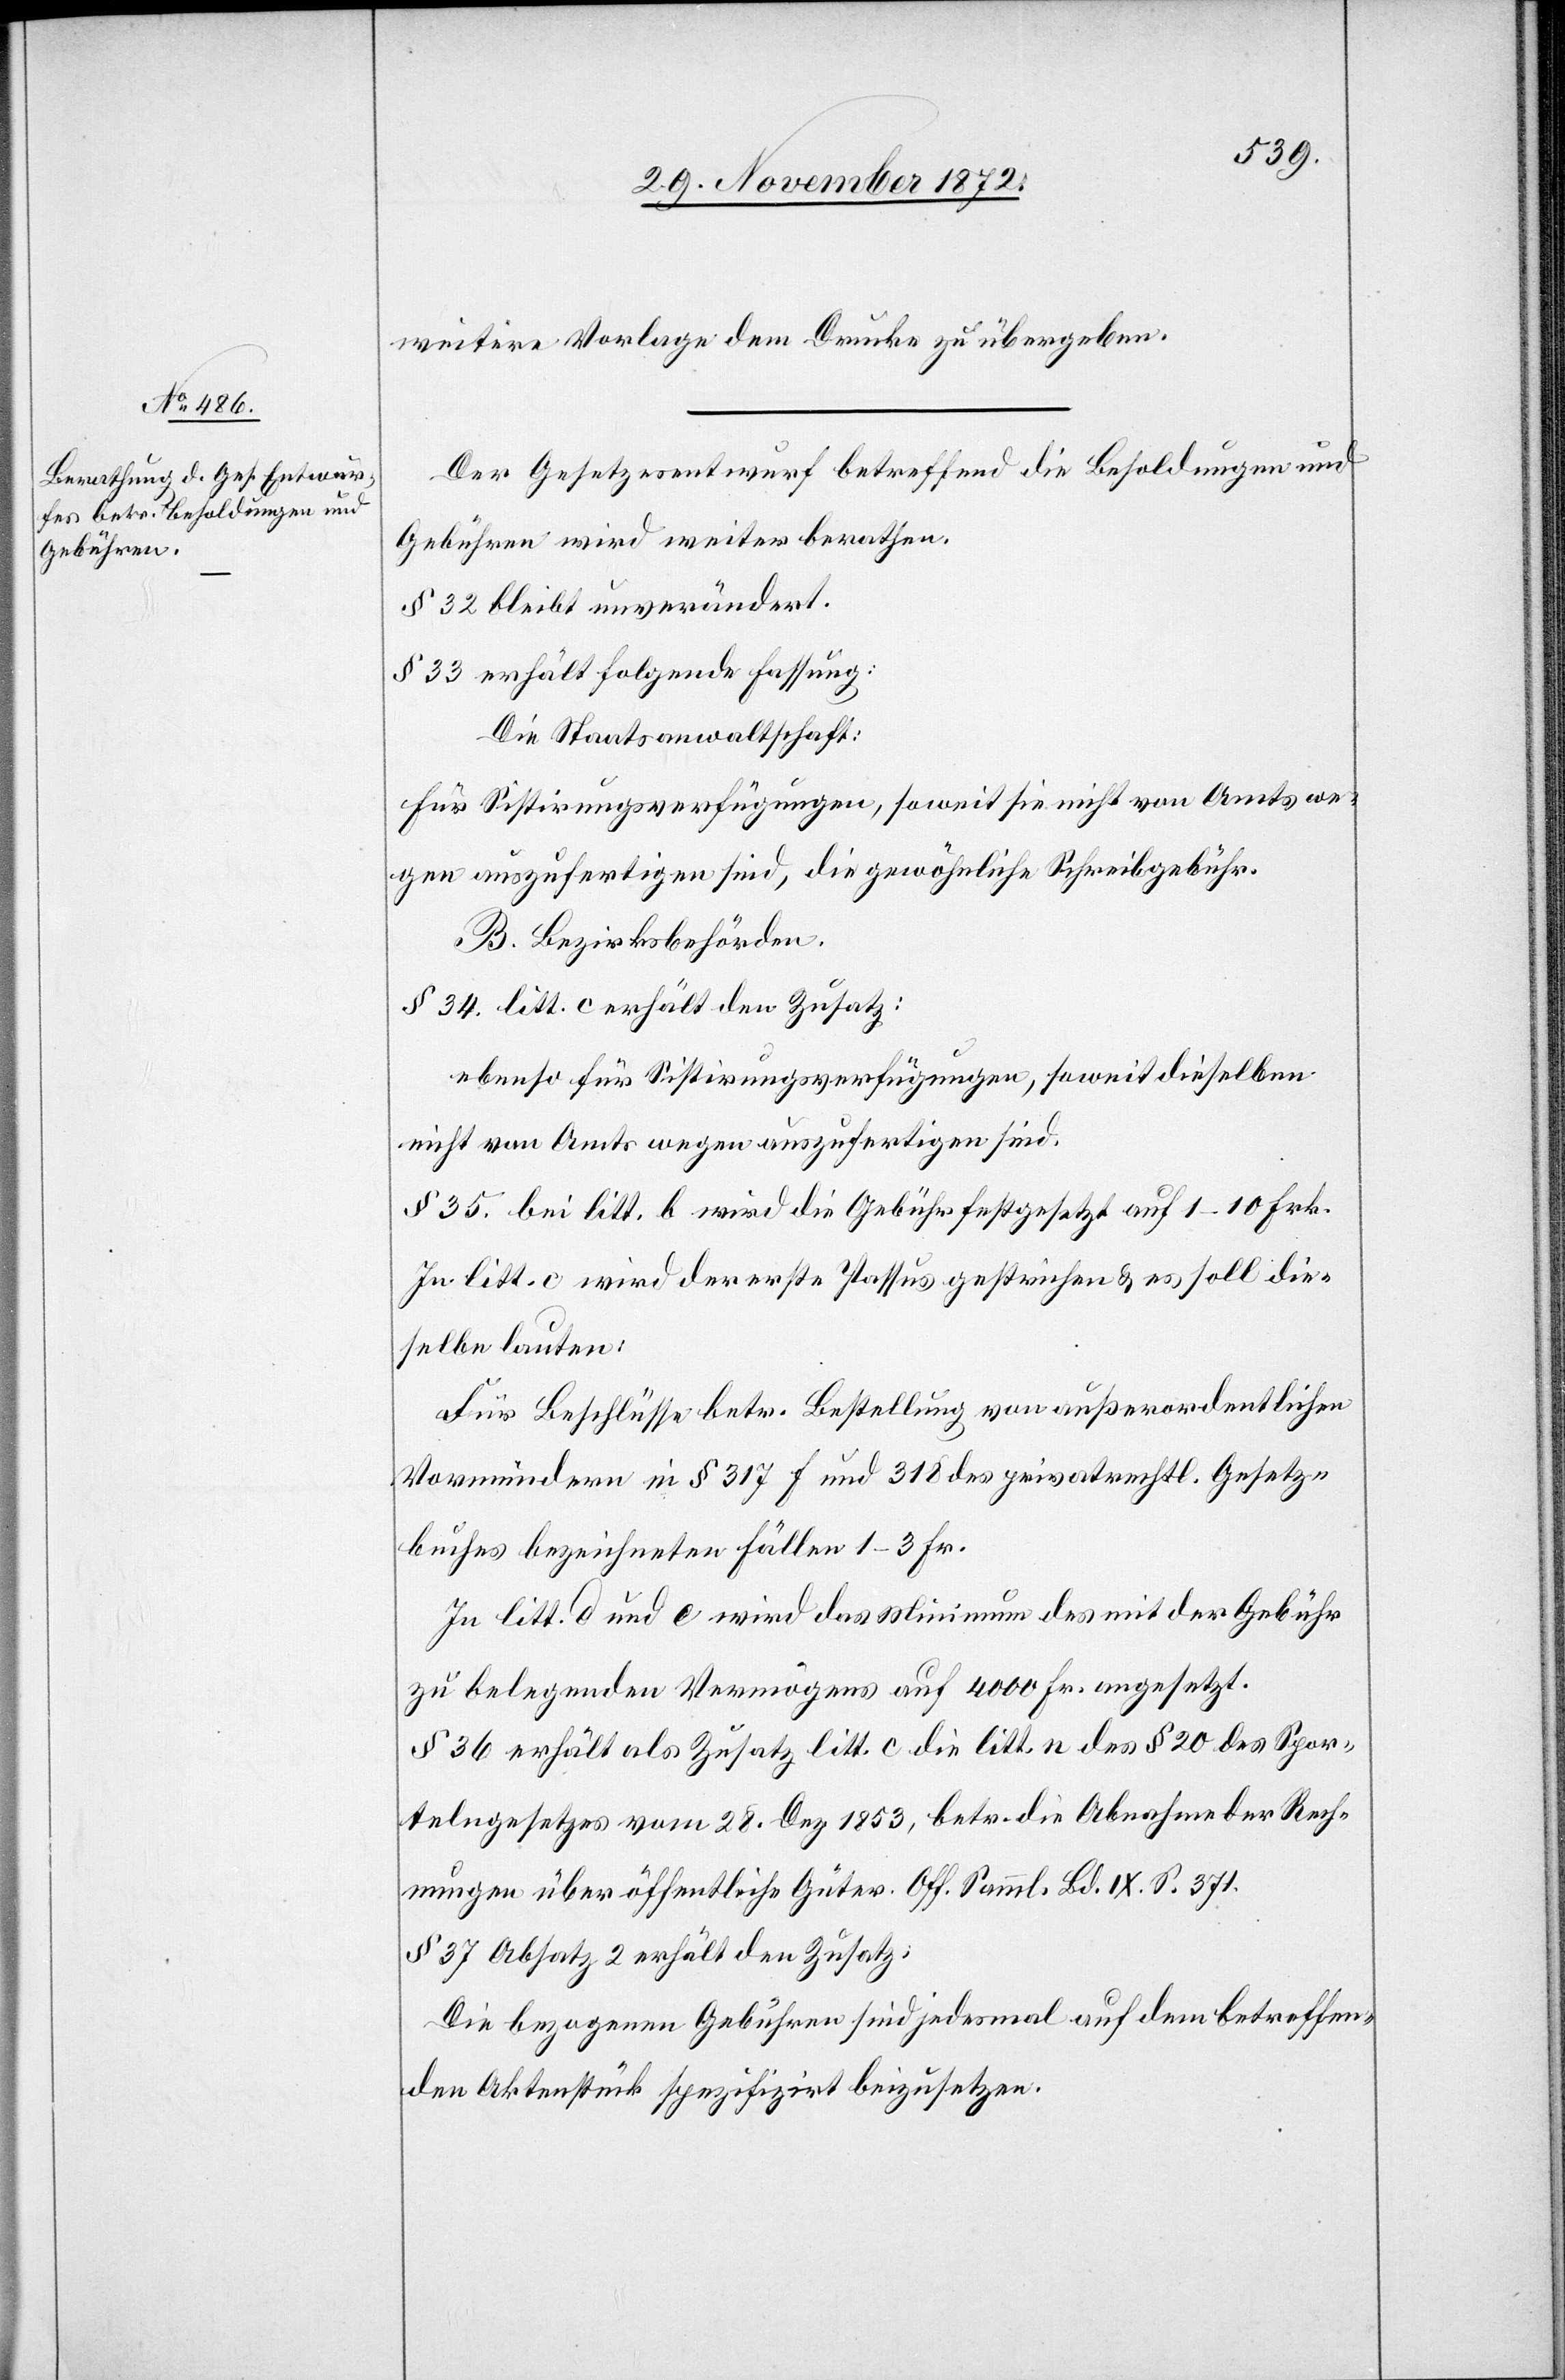
weitere Vorlage dem Drucke zu übergeben.
Der Gesetzesentwurf betreffend die Besoldungen und
Gebühren wird weiter berathen.
§ 32 bleibt unverändert.
§ 33 erhält folgende Fassung:
Die Staatsanwaltschaft:
Für Sistirungsverfügungen, soweit sie nicht von Amts we¬
gen auszufertigen sind, die gewöhnliche Schreibgebühr.
B. Bezirksbehörden.
§ 34. litt. c erhält den Zusatz:
ebenso für Sistirungsverfügungen, soweit dieselben
nicht von Amts wegen auszufertigen sind.
§ 35. bei litt. b wird die Gebühr festgesetzt auf 1–10 Frk.
In litt. c wird der erste Passus gestrichen u. es soll die¬
selbe lauten:
Für Beschlüsse betr. Bestellung von außerordentlichen
Vormündern in § 317 f und 318 des privatrechtl. Gesetz¬
buches bezeichneten Fällen 1–3 Fr.
In litt. d und e wird das Minimum des mit der Gebühr
zu belegenden Vermögens auf 4 000 Fr. angesetzt.
§ 36 erhält als Zusatz litt. c die litt. n des § 20 des Spor¬
telngesetzes vom 28. Dez. 1853, betr. die Abnahme der Rech¬
nungen über öffentliche Güter. Off. Samml. Bd. IX S. 371.
§ 37 Absatz 2 erhält den Zusatz:
Die bezogenen Gebühren sind jedesmal auf dem betreffen¬
den Aktenstück spezifizirt beizusetzen.